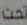
تحت